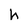
Character: h